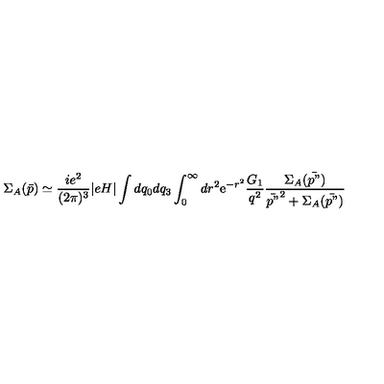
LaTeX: \Sigma _ { A } ( \bar { p } ) \simeq \frac { i e ^ { 2 } } { ( 2 \pi ) ^ { 3 } } | e H | \int d q _ { 0 } d q _ { 3 } \int _ { 0 } ^ { \infty } d r ^ { 2 } \mathrm { e } ^ { - r ^ { 2 } } \frac { G _ { 1 } } { q ^ { 2 } } \frac { \Sigma _ { A } ( \bar { p " } ) } { \bar { p " } ^ { 2 } + \Sigma _ { A } ( \bar { p " } ) }